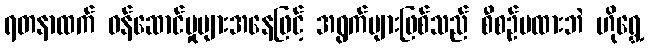
ရတနာထက် ဝန်ဆောင်မှုများအနေဖြင့် အရွက်များဖြစ်သည် စီစဉ်မထားဘဲ ဟိုရွှေ့